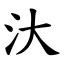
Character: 汏